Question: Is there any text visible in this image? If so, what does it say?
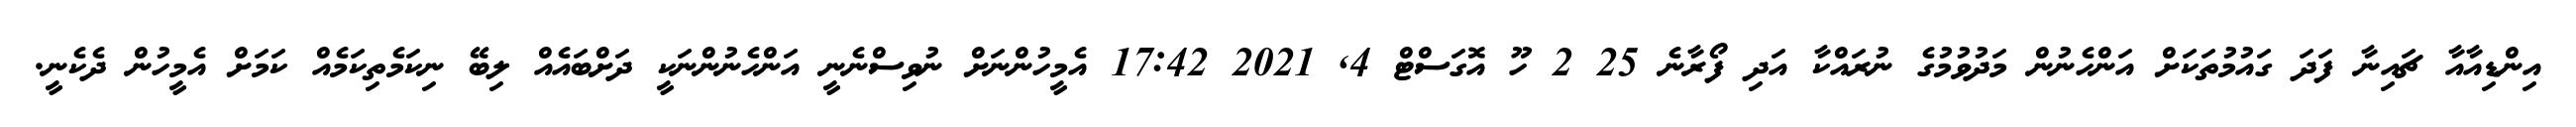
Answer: އިންޑިއާއާ ޗައިނާ ފަދަ ގައުމުތަކަށް އަންހެނުން މަދުވުމުގެ ނުރައްކާ އަދި ފޯރާނެ 25 2 ހޫ އޮގަސްޓް 4, 2021 17:42 އެމީހުންނަށް ނުވިސްނެނީ އަންހެނުންނަކީ ދަށްބައެއް ލިބޭ ނިކަމެތިކަމެއް ކަމަށް އެމީހުން ދެކެނީ.